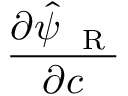
\frac { \partial \hat { \psi } _ { \mathrm { ~ \tiny ~ R ~ } } } { \partial { c } }